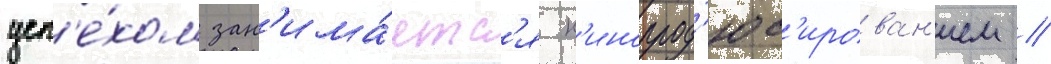
усп'е́хом зан'има́етс'я к'инопрод'юс'ирован'ием //